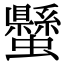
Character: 𧔤